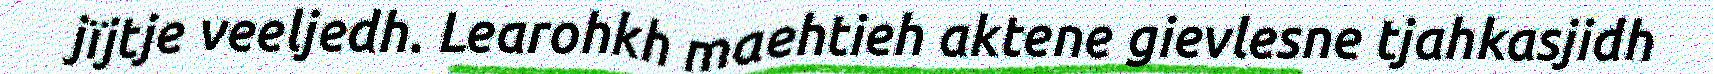
jïjtje veeljedh. Learohkh maehtieh aktene gievlesne tjahkasjidh